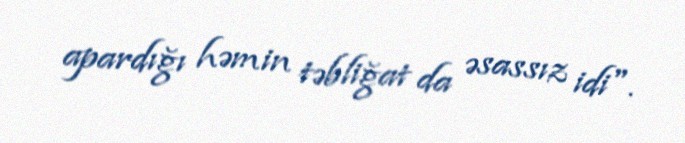
apardığı həmin təbliğat da əsassız idi".